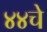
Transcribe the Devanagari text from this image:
४४चे